Indian journal of veterinary science and animal husbandry - Volumes 24-25, 1954-1955
Year: 1954
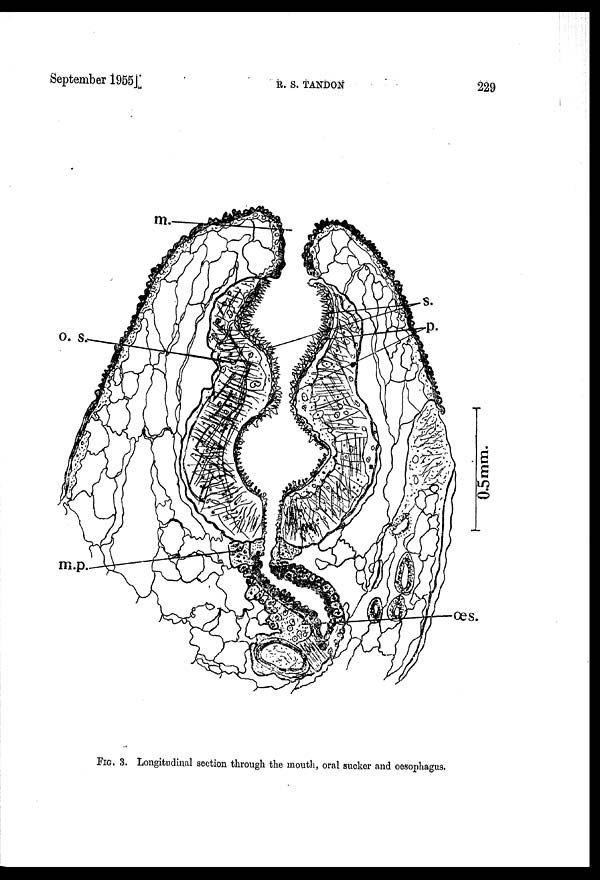
September
1955]
R.
S.
TANDON
229
FIG. 3. Longitudinal section through the mouth, oral sucker and oesophagus.